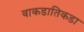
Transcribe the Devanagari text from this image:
वाकडातिकडा